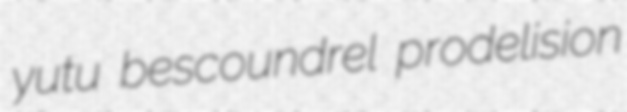
yutu bescoundrel prodelision